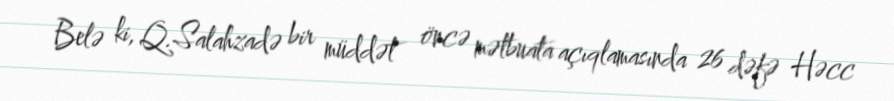
Belə ki, Q.Salahzadə bir müddət öncə mətbuata açıqlamasında 26 dəfə Həcc